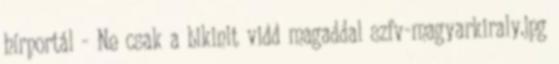
hírportál - Ne csak a bikinit vidd magaddal szfv-magyarkiraly.jpg